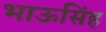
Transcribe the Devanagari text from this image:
भाऊसिंह